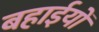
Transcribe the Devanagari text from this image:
बहाईयों